Burma Government Medical School reports 1907-22
Year: 1907
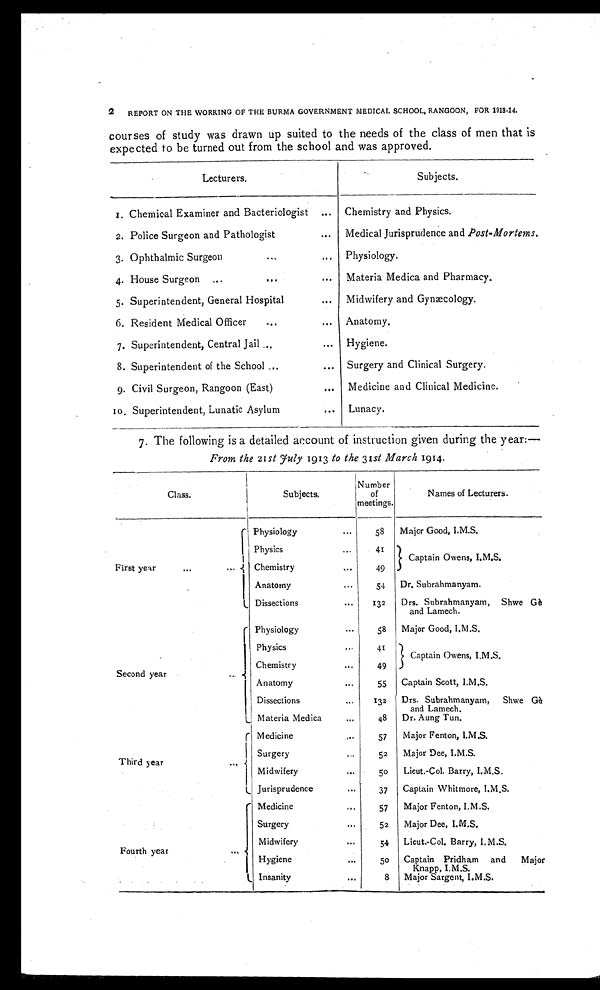
2 REPORT ON THE WORKING OF THE BURMA GOVERNMENT MEDICAL SCHOOL, RANGOON, FOR 1919-14.
courses of study was drawn up suited to the needs of the class of men that is
expected to be turned out from the school and was approved.
Lecturers.
Subjects.
1. Chemical Examiner and Bacteriologist
... Chemistry and Physics.
2. Police Surgeon and Pathologist
... Medical Jurisprudence and Post-Mortems.
3. Ophthalmic Surgeon
...
. . .
Physiology.
4. House Surgeon ...
...
... Materia Medica and Pharmacy.
5. Superintendent, General Hospital
... Midwifery and Gynæcology.
6. Resident Medical Officer
...
... Anatomy.
7. Superintendent, Central Jail ...
... Hygiene.
8. Superintendent of the School ...
... Surgery and Clinical Surgery.
9. Civil Surgeon, Rangoon (East)
... Medicine and Clinical Medicine.
10. Superintendent, Lunatic Asylum
... Lunacy.
7. The following is a detailed account of instruction given during the year:—
From the 21st J uly 1913 to the 31st March 1914.
Class.
Subjects.
Number o f
meetings.
Names of Lecturers.
First year
...
...
Physiology
...
58
Major Good, I.M.S.
Physics
. . .
41
Captain Owens, I.M.S.
Chemistry
...
49
Anatomy
...
54
Dr. Subrahmanyam.
Dissections
...
132
Drs. Subrahmanyam, Shwe Gé
and Lamech.
Second year
...
Physiology
58
Major Good, I.M.S.
Physics
...
41
Captain Owens, I.M.S.
Chemistry
. . .
49
Anatomy
. . .
55
Captain Scott, I.M.S.
Dissections
...
132
Drs. Subrahmanyam,
Shwe Gé
and Lamech.
Materia Medica
...
48
Dr. Aung Tun.
Third year
...
Medicine
...
57
Major Fenton, I.M.S.
Surgery
52
Major Dee, I.M.S.
Midwifery
. . .
50
Lieut.-Col. Barry, I.M.S.
Jurisprudence
...
37
Captain Whitmore, I.M.S.
F o u r t h y e a r
. . .
Medicine
. . .
57
Major Fenton, I.M.S.
Surgery
...
52
Major Dee, I.M.S.
Midwifery
. . .
54
Lieut.-Col. Barry, I. M.S.
Hygiene
. . .
50
Captain Pridham and
Major
Knapp, I.M.S.
Insanity
...
8
Major Sargent, I.M.S.